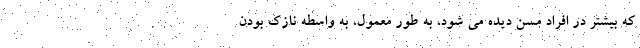
که بیشتر در افراد مسن دیده می شود، به طور معمول، به واسطه نازک بودن